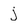
Character: j